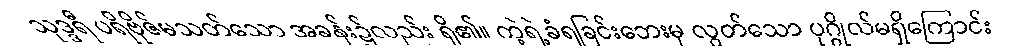
သုဒ္ဒရီ ပရိဗိုဇ်မသတ်သော အခန်း၌လည်း ရှိ၏။ ကဲ့ရဲ့ခံရခြင်းဘေးမှ လွတ်သော ပုဂ္ဂိုလ်မရှိကြောင်း